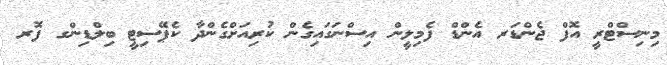
މިނިސްޓްރީ އޮފް ޖެންޑަރ އެންޑް ފެމިލީން އިސްނަގައިގެން ކުރިއަށްގެންދާ ކެޕޭސިޓީ ބިލްޑިންގ ފޮރ